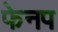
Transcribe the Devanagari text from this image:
फेनप